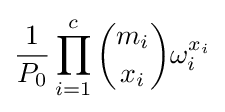
{\frac {1}{P_{0}}}\prod _{i=1}^{c}{\binom {m_{i}}{x_{i}}}\omega _{i}^{x_{i}}